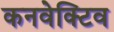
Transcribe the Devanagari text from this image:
कनवेक्टिव